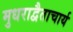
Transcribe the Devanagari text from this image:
मुधराद्वैताचार्य